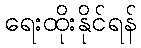
ရေးထိုးနိုင်ရန်